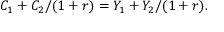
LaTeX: C _ { 1 } + C _ { 2 } / ( 1 + r ) = Y _ { 1 } + Y _ { 2 } / ( 1 + r ) .